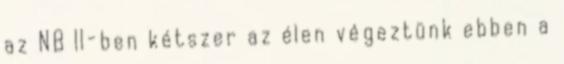
az NB II-ben kétszer az élen végeztünk ebben a